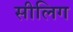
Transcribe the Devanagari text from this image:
सीलिग